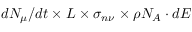
d N _ { \mu } / d t \times L \times \sigma _ { n \nu } \times \rho N _ { A } \cdot d E